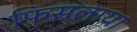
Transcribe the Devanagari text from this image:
फिसलाया